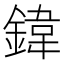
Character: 鍏